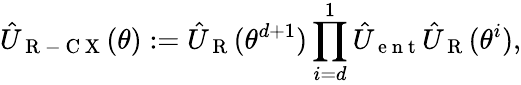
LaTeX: \hat{U}_{\mathrm{~R~-~C~X~}}(\theta):=\hat{U}_{\mathrm{~R~}}(\theta^{d+1})\prod_{i=d}^{1}\hat{U}_{\mathrm{~e~n~t~}}\hat{U}_{\mathrm{~R~}}(\theta^{i}),